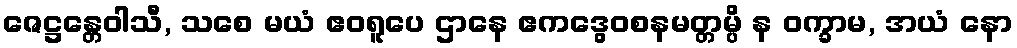
ဇေဋ္ဌန္တေဝါသီ, သစေ မယံ ဧဝရူပေ ဌာနေ ဧကဒွေဝစနမတ္တမ္ပိ န ဝက္ခာမ, အယံ နော